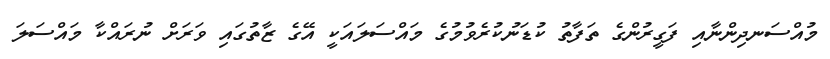
މުއްސަނދިންނާއި ފަގީރުންގެ ތަފާތު ކުޑަނުކުރެވުމުގެ މައްސަލައަކީ އޭގެ ޒާތުގައި ވަރަށް ނުރައްކާ މައްސަލަ